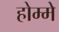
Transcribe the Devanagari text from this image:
होम्मे